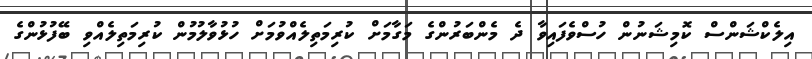
އިލެކްޝަންސް ކޮމިޝަނުން ހުސްވެފައިވާ ދެ މެންބަރުންގެ މަގާމަށް ކުރިމަތިލެއްވުމަށް ހުޅުވާލުމުން ކުރިމަތިލެއްވި ބޭފުޅުންގެ